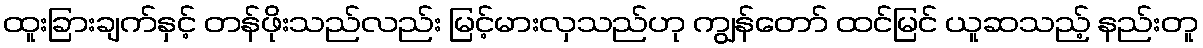
ထူးခြားချက်နှင့် တန်ဖိုးသည်လည်း မြင့်မားလှသည်ဟု ကျွန်တော် ထင်မြင် ယူဆသည့် နည်းတူ